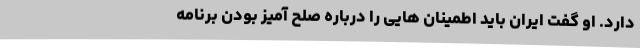
دارد. او گفت ایران باید اطمینان هایی را درباره صلح آمیز بودن برنامه